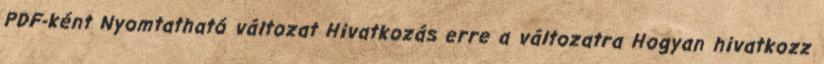
PDF-ként Nyomtatható változat Hivatkozás erre a változatra Hogyan hivatkozz